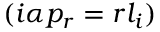
( i \alpha p _ { r } = r l _ { i } )